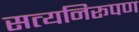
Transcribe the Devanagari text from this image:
सत्यनिरूपण